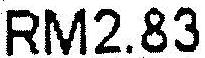
RM2.83